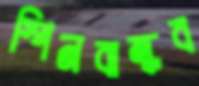
স্পিনবান্ধব